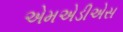
એમએડીએસ